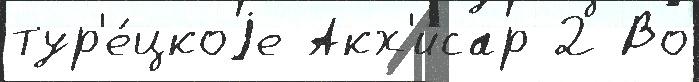
тур'е́цкоjе Акх'исар 2 Во